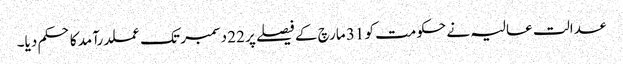
عدالت عالیہ نے حکومت کو 31 مارچ کے فیصلے پر 22 دسمبر تک عملدرآمد کا حکم دیا۔